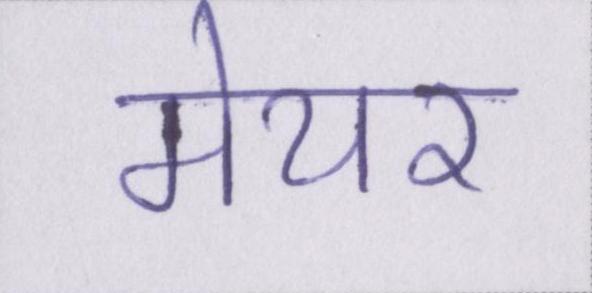
मेयर